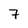
Character: 7